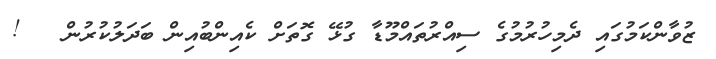
ޒުވާންކަމުގައި ދެމިހުރުމުގެ ސިއްރުތައްމޫޑާ ގުޅޭ ގޮތަށް ކެއިންބުއިން ބަދަލުކުރުން   !